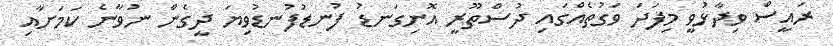
ރައީސް ވިދާޅުވީ މިފަދަ ވަގުތެއްގައި ދުސްތޫރީ އޮނިގަނޑު ފުނޑުފުނޑުވިޔަ ދީގެން ނުވާނެ ކަމަށާއި